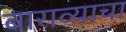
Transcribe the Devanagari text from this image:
बाराव्याचा